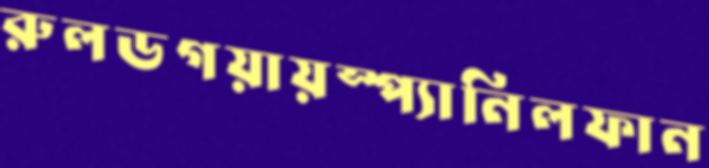
রুলডগয়ায়স্প্যানিলফান